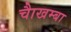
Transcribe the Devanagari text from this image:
चाैखम्बा